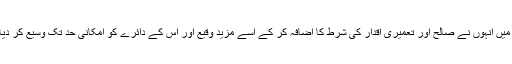
جس میں انہوں نے صالح اور تعمیری اقدار کی شرط کا اضافہ کر کے اسے مزید وقیع اور اس کے دائرے کو امکانی حد تک وسیع کر دیا ہے۔